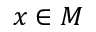
x \in M